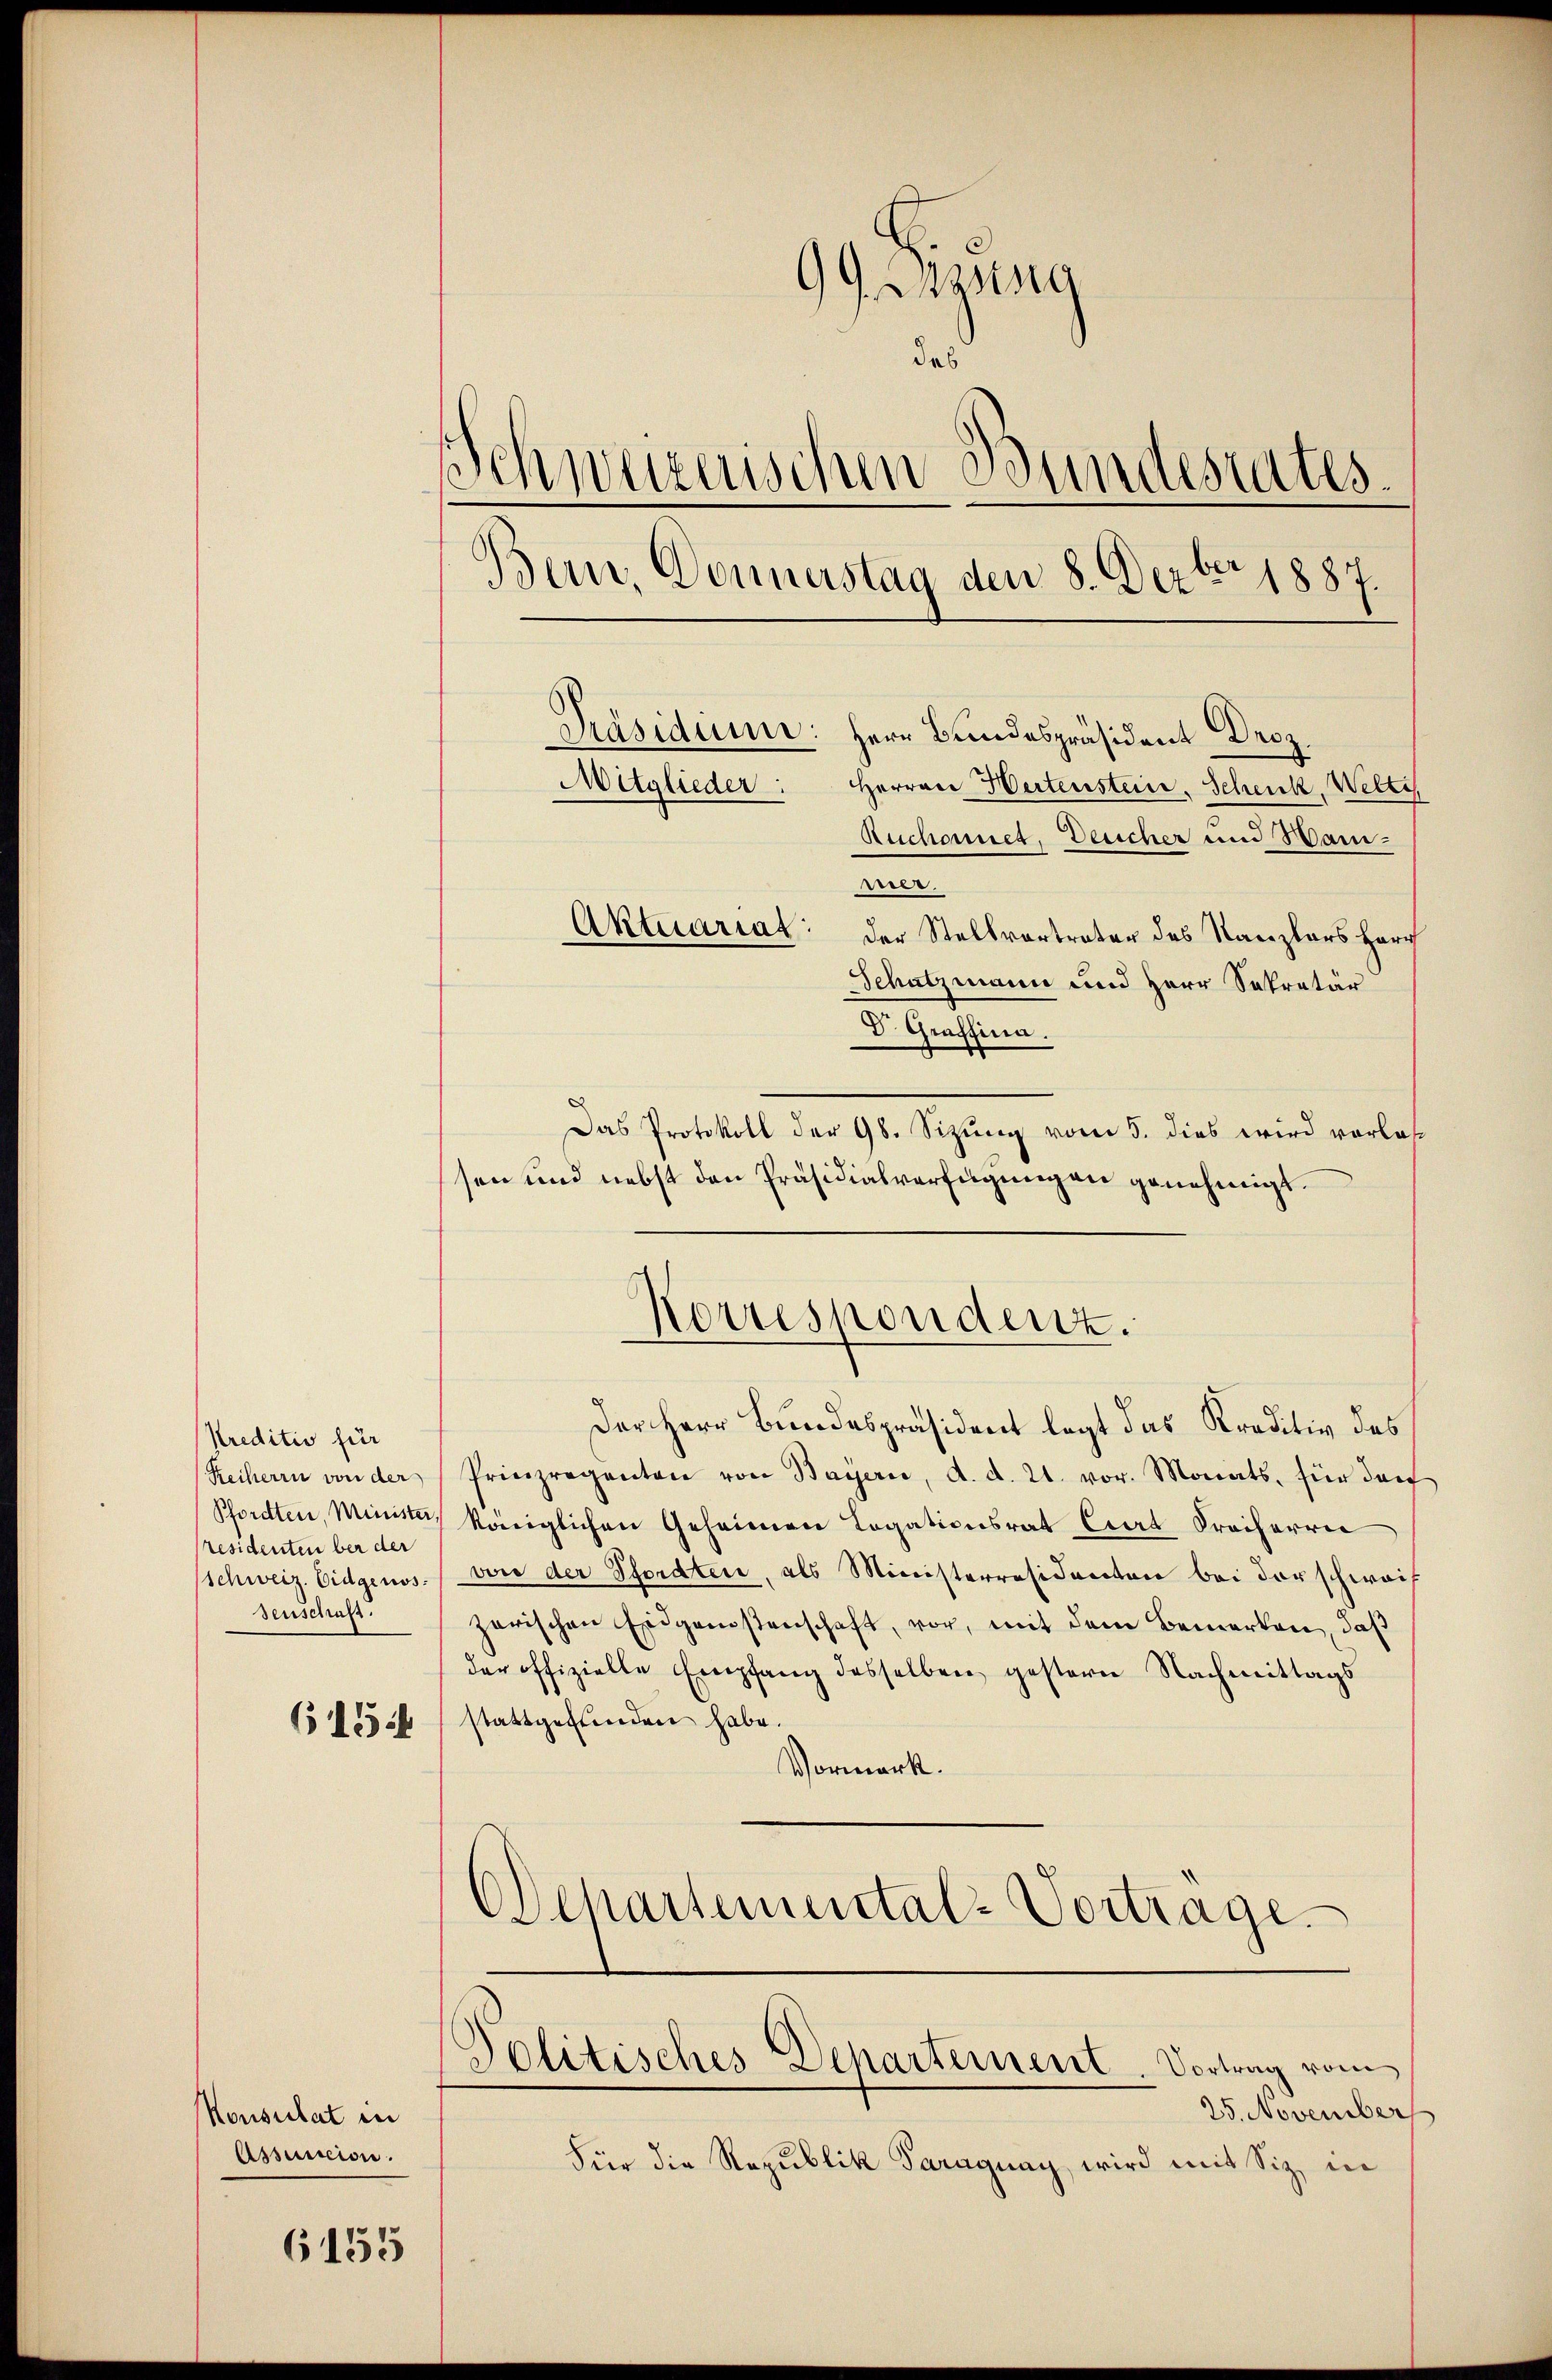
kreditiv für
Reiherrn von der
Pforden, Minister
residenten bei der
schweiz. Eidgenos
senschuß.

6154

Konsulat in
Assunicion.

6155

99. Braung
das
schweizerischen Bundesrates.
Bern, Donnerstag den 8. Dezbr 1887.
Präsidiume: Herr Bundespräsident Droz.
Mitglieder.
Herren Wertenstein. Schenk, Welti
Auchonnet, Deucher und Wan¬

meer.
Aktuariat der Stellvertreter des Kanzlers Herr
Schatzmann und Herr Sekretär
Dr. Graffina.
Das Protokoll der 98. Sizung vom 5. dies wird vorlasen und nebst den Präsidialverfügungen genehmigt.
Korrespondenz.
Der Herr Bundespräsident legt das Kreditiv des
Prinzregenten von Bayern, d. d. 21. vor. Monats, für dan
königlichen Geheimen Legationsrat Cart Freiherrn
von der Pferdten, als Ministerresidenten bei der schweif
zarischen Eidgenossenschaft, vor, mit dem Bemerken, daß
der offizielle Empfang desselben gestern Nachmittags
stattgefunden habe.
Vormerk.
Departemental-Vortrage.

Politisches Departement. Vortrag vom

25. November
Für die Republik Paragung wird mit Siz, in